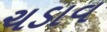
ચડાવ